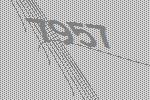
7957